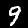
Digit: 9